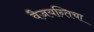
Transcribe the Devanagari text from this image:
वैजयन्तिचा